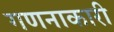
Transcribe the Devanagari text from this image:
गणनाकारी